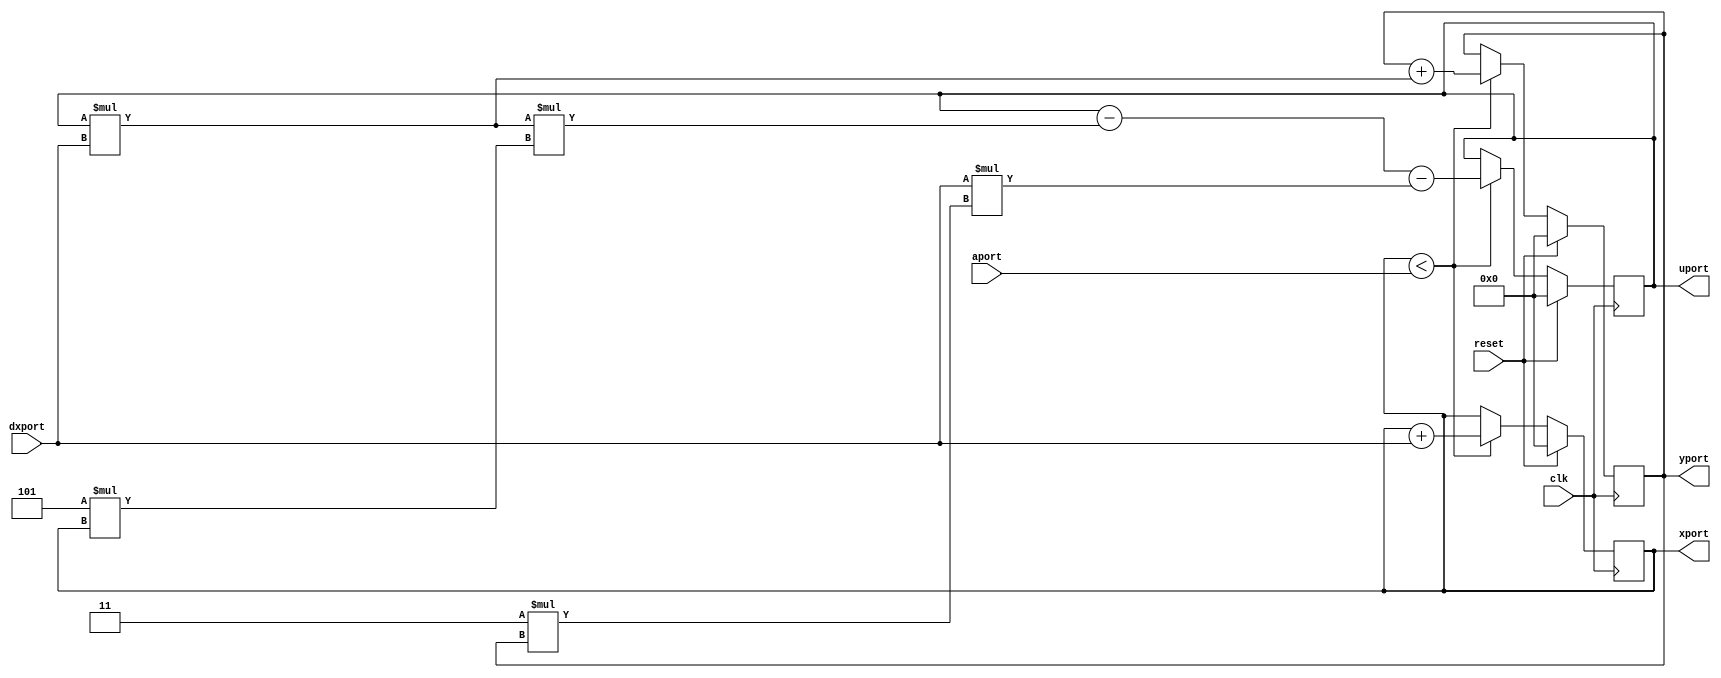
module diffeq_f_systemC(clk, reset, aport, dxport, xport, yport, uport);

input clk;
input reset;
input [31:0]aport;
input [31:0]dxport;
output [31:0]xport;
output [31:0]yport;
output [31:0]uport;
reg [31:0]xport;
reg [31:0]yport;
reg [31:0]uport;
wire [31:0]temp;

assign temp = uport * dxport;
always @(posedge clk )
begin
	if (reset == 1'b1)
	begin
		xport <= 0;
		yport <= 0;
		uport <= 0;
	end
else
  	if (xport < aport)
	begin
		xport <= xport + dxport;
		yport <= yport + temp;//(uport * dxport);
		uport <= (uport - (temp/*(uport * dxport)*/ * (5 * xport))) - (dxport * (3 * yport));
	end
end
endmodule